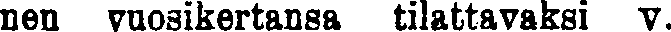
nen vuosikertansa tilattavaksi v.